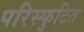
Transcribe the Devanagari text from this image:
परिस्फुटित